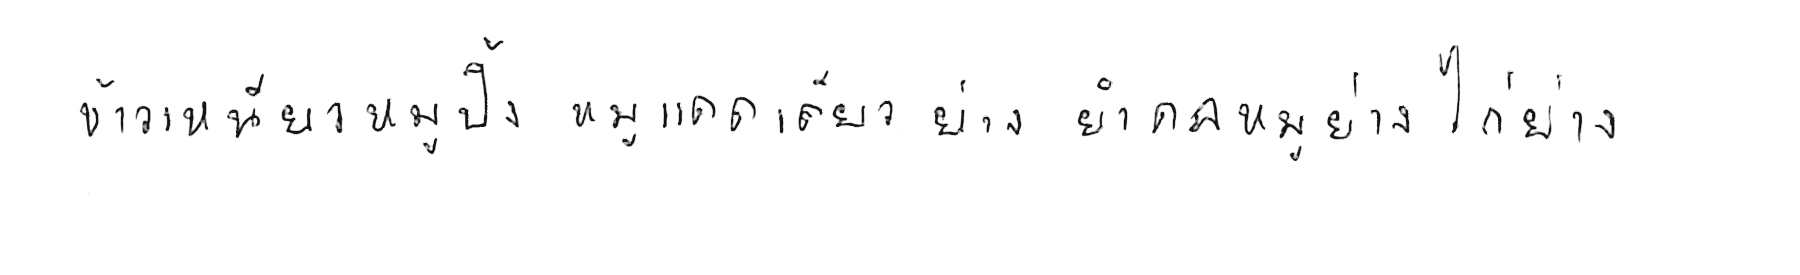
ข้าวเหนียวหมูปิ้ง หมูแดดเดียวย่าง ยำคอหมูย่าง ไก่ย่าง